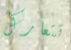
تتعارك